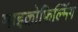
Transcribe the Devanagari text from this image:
माइक्रोफिल्मिंग